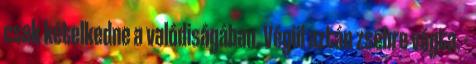
csak kételkedne a valódiságában. Végül aztán zsebre vágta. -